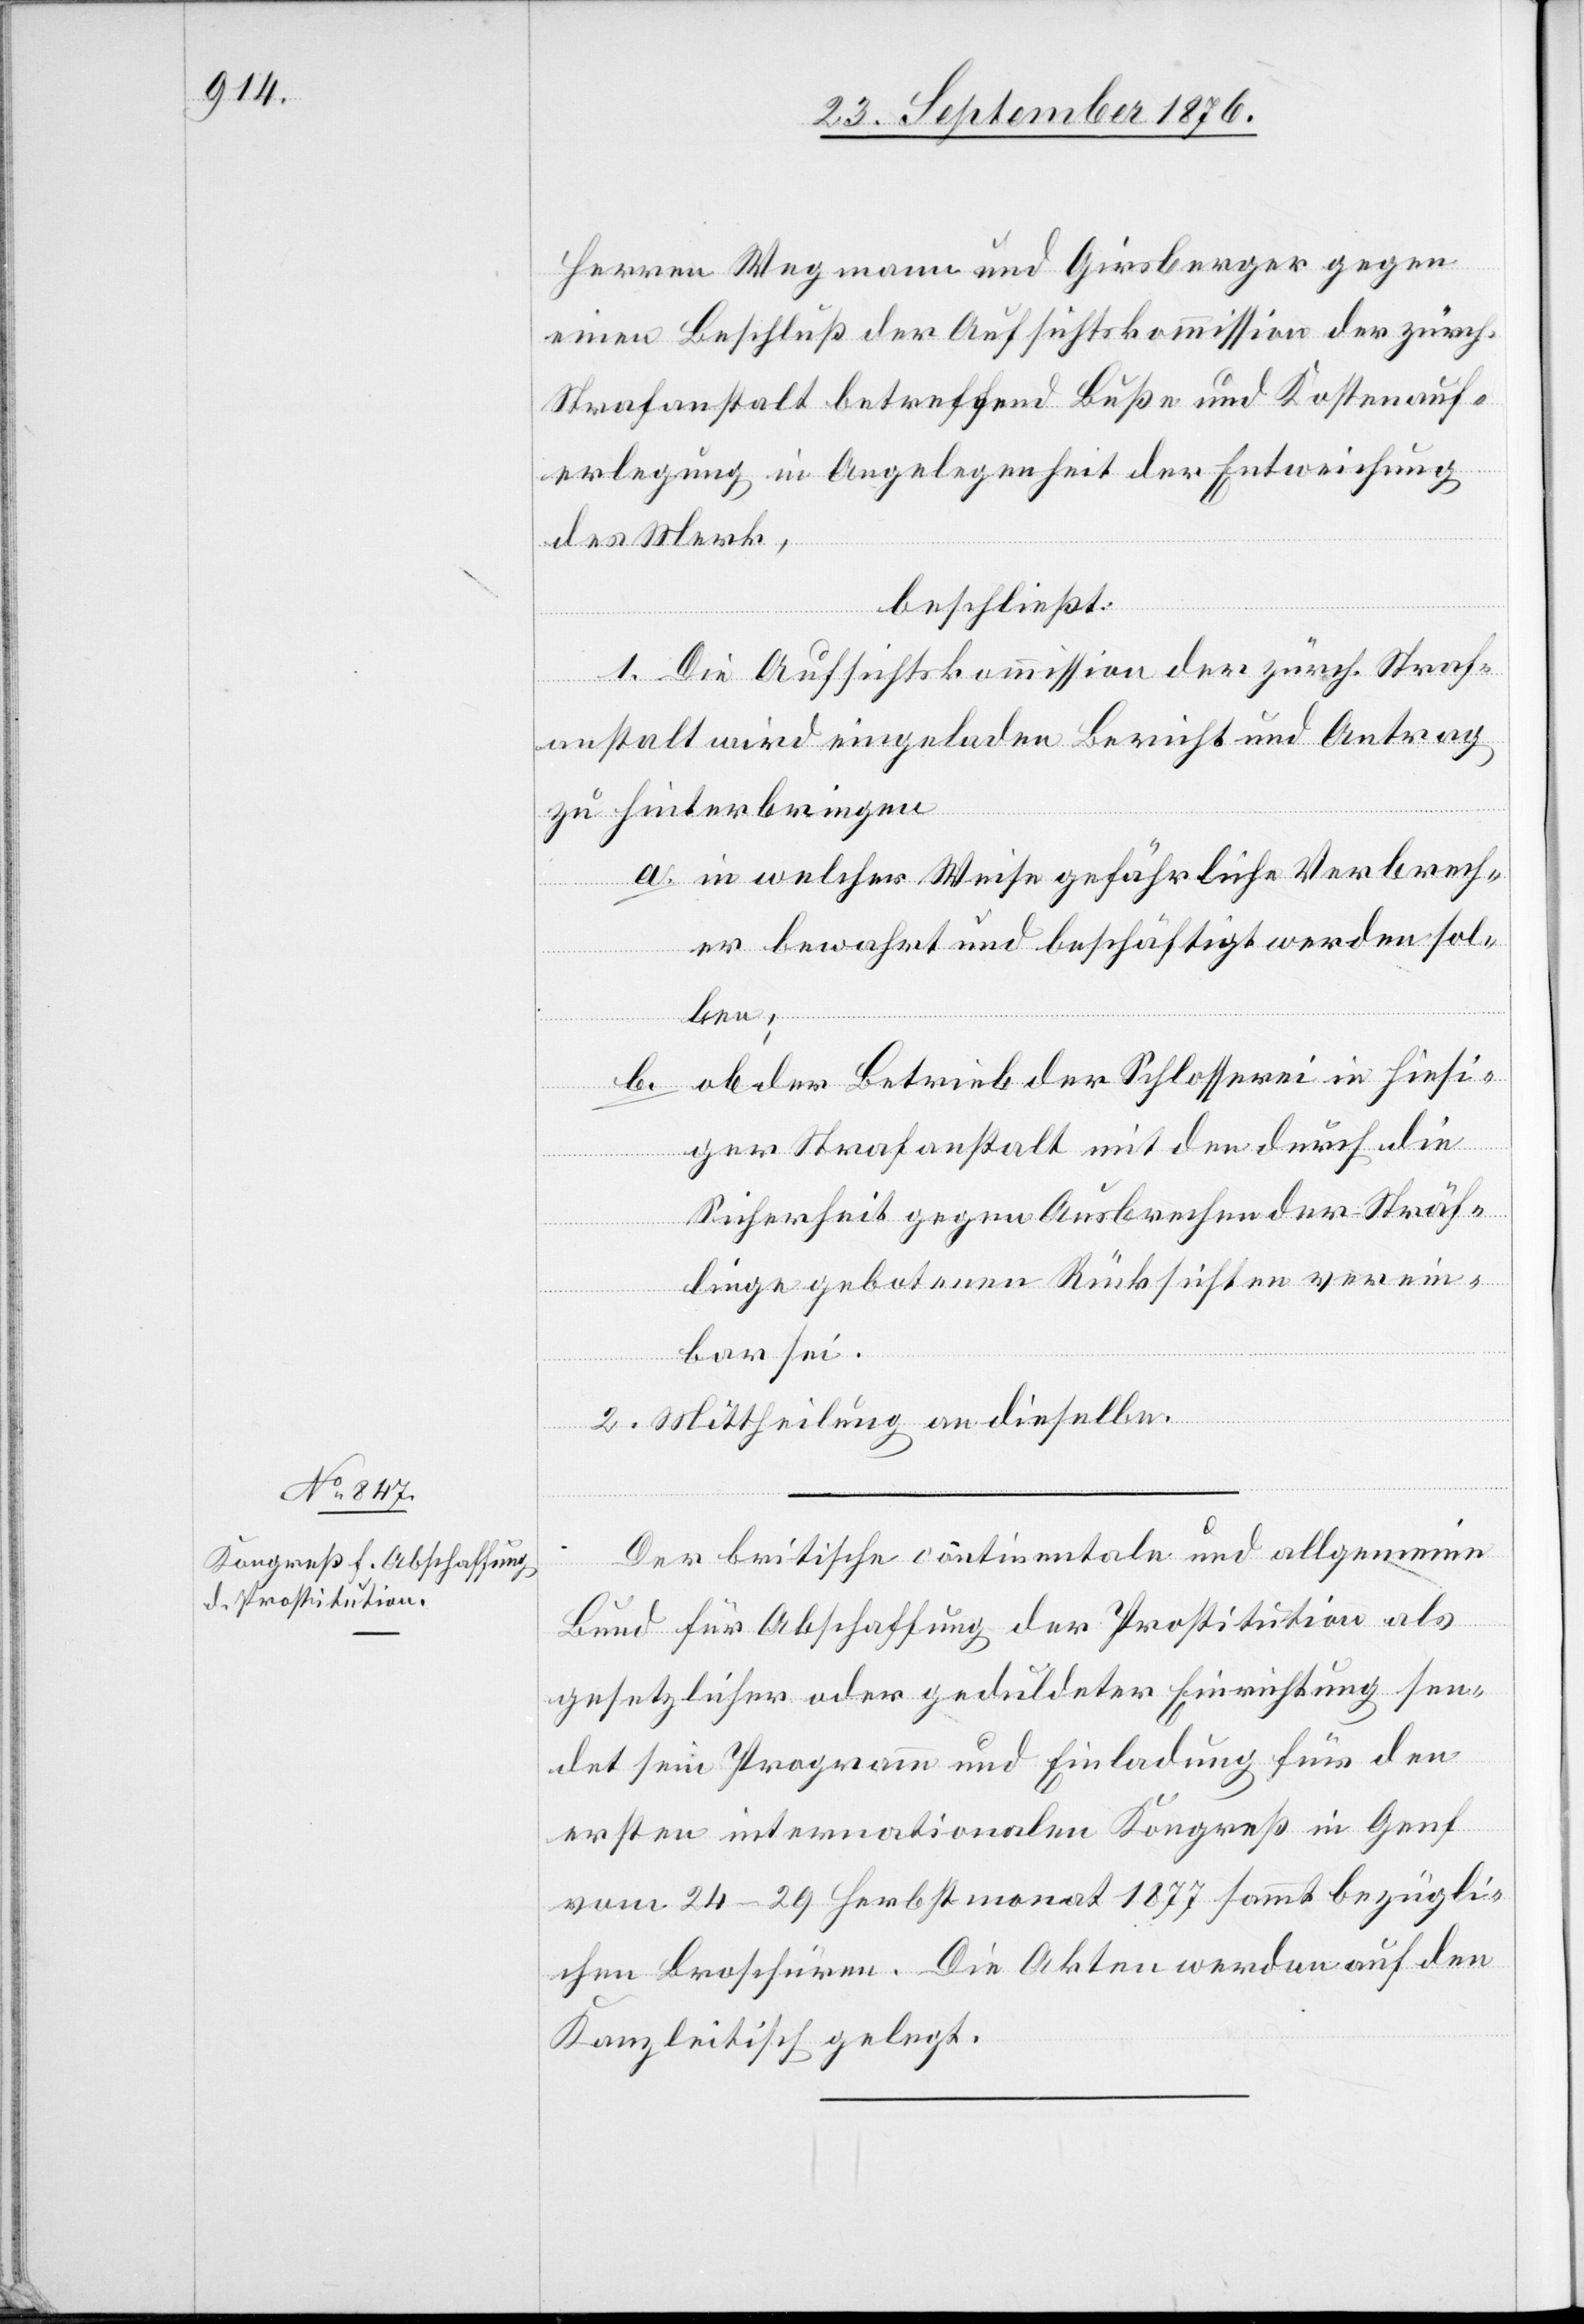
Herren Wegmann und Girsberger gegen
einen Beschluß der Aufsichtskommission der zürch.
Strafanstalt betreffend Buße und Kostenauf¬
erlegung in Angelegenheit der Entweichung
des Merk,
beschließt:
1. Die Aufsichtskommission der zürch. Straf¬
anstalt wird eingeladen Bericht und Antrag
zu hinterbringen
a. in welcher Weise gefährliche Verbrech¬
er bewahrt und beschäftig werden sol¬
len;
b. ob der Betrieb der Schlosserei in hiesi¬
ger Strafastalt mit den durch die
Sicherheit gegen Ausbrechen der Sträf¬
linge gebotenen Rücksichten verein¬
bar sei.
2. Mittheilung an dieselbe.
Der britische continentale und allgemeine
Bund für die Abschaffung der Prostitution als
gesetzlicher oder geduldeter Einrichtung sen¬
det sein Programm und Einladung für den
ersten internationalen Kongreß in Genf
vom 24.–29. Herbstmonat 1877 sammt bezügli¬
chen Broschüren. Die Akten werden auf den
Kanzleitisch gelegt.